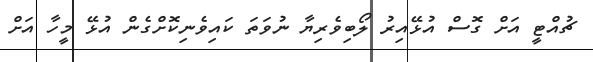
ޗުއްޓީ އަށް ގޮސް އުޅޭއިރު ލޯބިވެރިޔާ ނުވަތަ ކައިވެނިކޮށްގެން އުޅޭ މީހާ އަށް